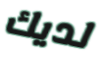
لديك